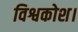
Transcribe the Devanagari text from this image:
विश्वकोश।